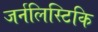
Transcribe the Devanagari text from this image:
जर्नलिस्टिकि